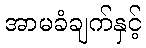
အာမခံချက်နှင့်